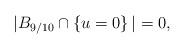
LaTeX: \begin{align*}|B_{9/10}\cap \left\{u=0\right\}|=0,\end{align*}